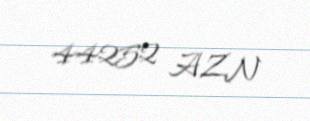
44252 AZN